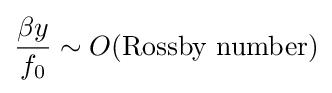
{{\frac {\beta y}{f_{0}}}\sim O({\text{Rossby number}})}